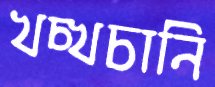
খচ্‌খচানি